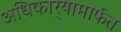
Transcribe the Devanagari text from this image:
अधिकार्‍यामार्फत